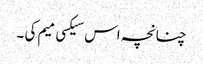
چنانچہ اس سیکسی میم کی ۔